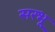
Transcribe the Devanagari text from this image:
सरभू